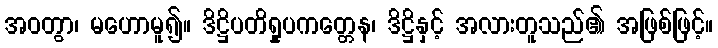
အဝတွာ၊ မဟောမူ၍။ ဒိဋ္ဌိပတိရှုပကတ္တေန၊ ဒိဋ္ဌိနှင့် အလားတူသည်၏ အဖြစ်ဖြင့်။